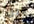
قبل